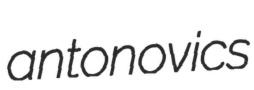
antonovics